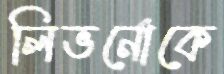
লিভর্নোকে